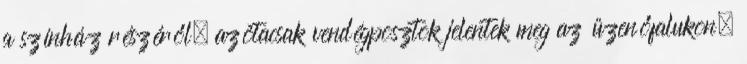
a színház részéről, azótacsak vendégposztok jelentek meg az üzenőfalukon,